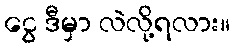
ငွေ ဒီမှာ လဲလို့ရလား။